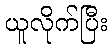
ယူလိုက်ပြီး